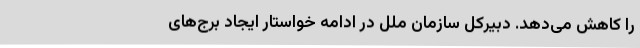
را کاهش می‌دهد. دبیرکل سازمان ملل در ادامه خواستار ایجاد برج‌های